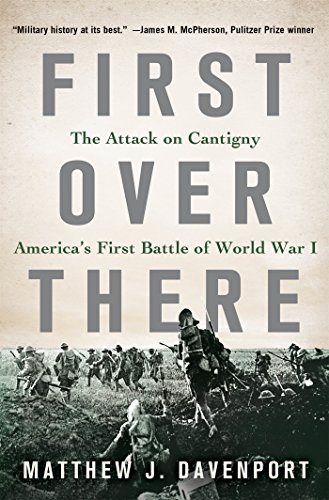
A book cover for First Over There: The Attack on Cantigny, America's First Battle of World War I; Matthew J. Davenport; History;